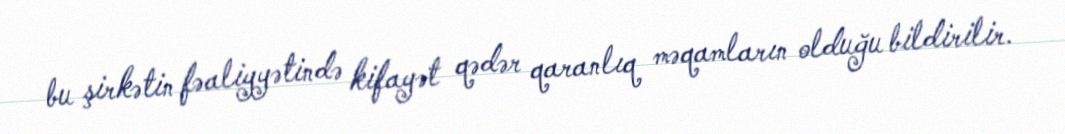
bu şirkətin fəaliyyətində kifayət qədər qaranlıq məqamların olduğu bildirilir.